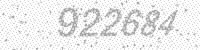
Solution: 922684